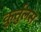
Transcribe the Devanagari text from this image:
कुर्तुलस